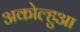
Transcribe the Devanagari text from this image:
अकोल्हुआ